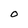
Character: O